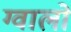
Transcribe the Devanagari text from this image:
ग्‍वालो